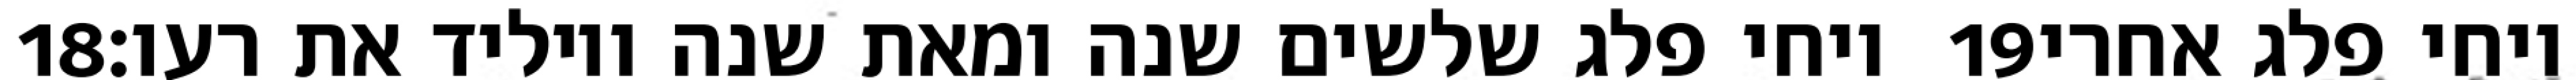
‎18‏ ויחי פלג שלשים שנה ומאת שנה ויוליד את רעו׃ ‎19‏ ויחי פלג אחרי